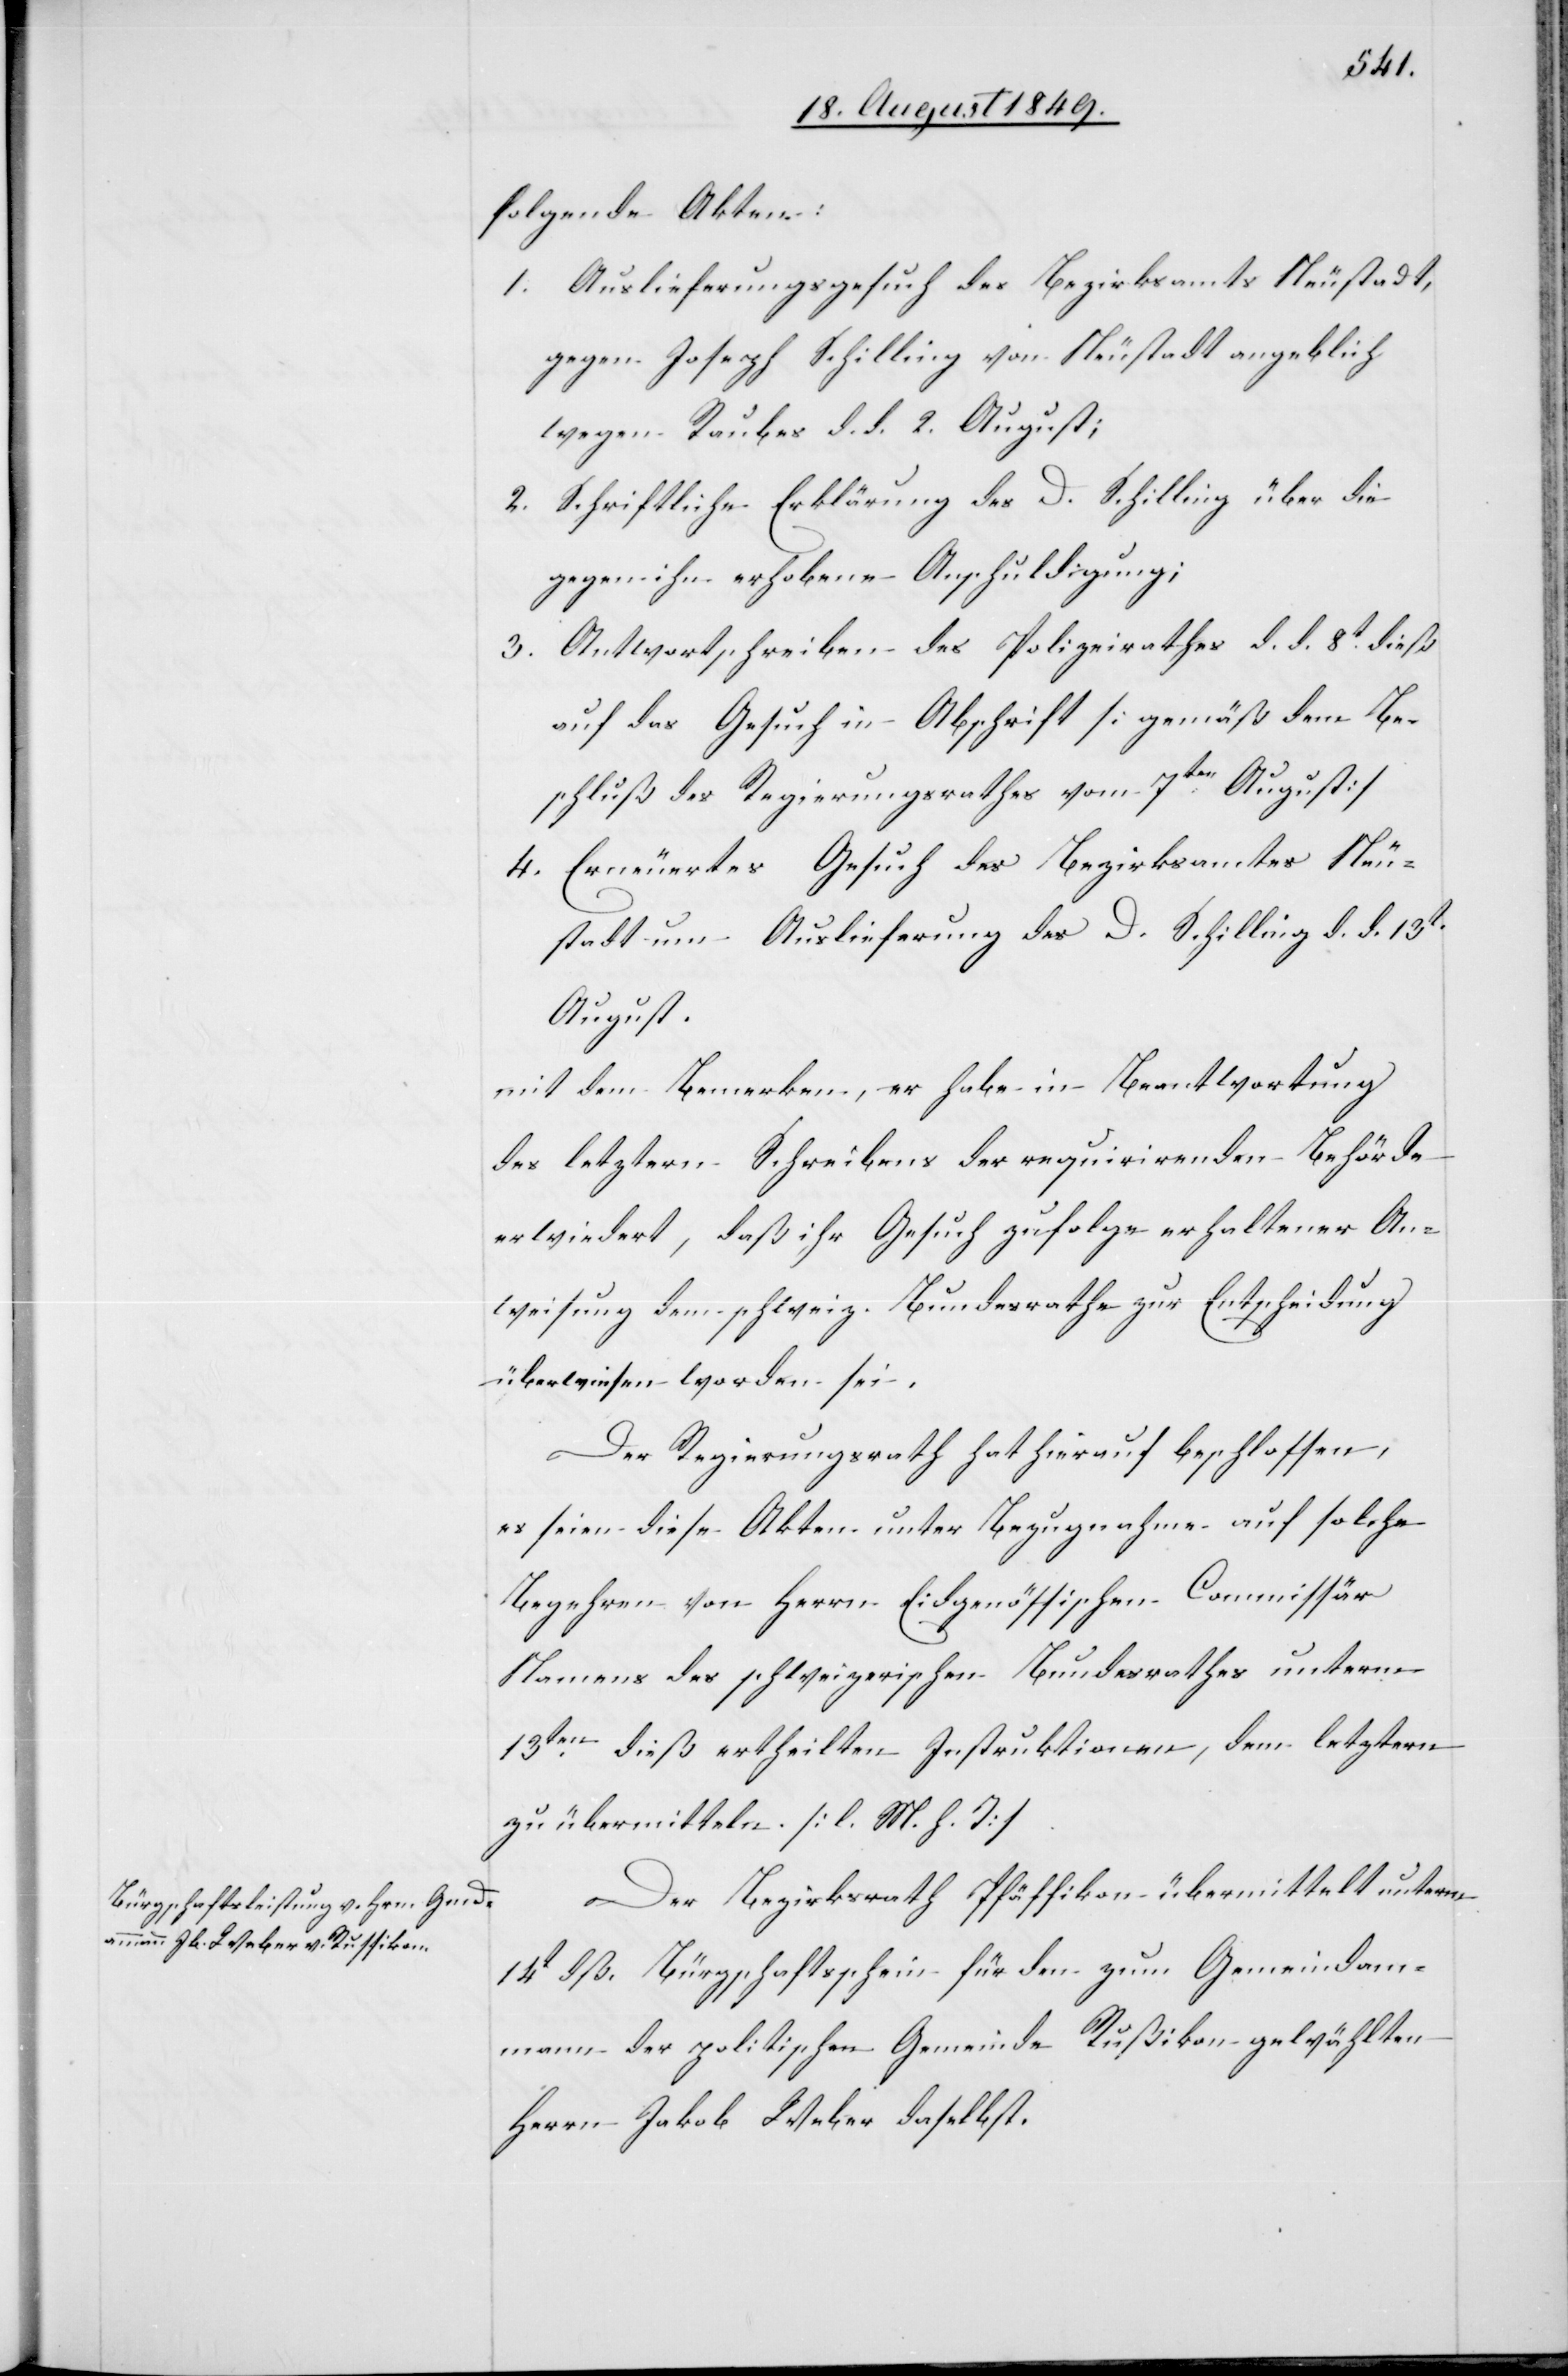
folgende Akten:
Auslieferungsgesuch des Bezirksamts Neustadt,
gegen Joseph Schilling von Neustadt angeblich
wegen Raubes d. d. 2. August;
Schriftliche Erklärung des D. [sic!] Schilling über die
gegen ihn erhobene Anschuldigung;
Antwortschreiben des Polizeirathes d. d. 8t dieß
auf das Gesuch in Abschrift [gemäß dem Be¬
schluß des Regierungsrathes vom 7ten August]
Erneuertes Gesuch des Bezirksamtes Neu¬
stadt um Auslieferung des D. Schilling d. d. 13t
August.
mit dem Bemerken, er habe in Beantwortung
des letztern Schreibens der requirirenden Behörde
erwiedert, daß ihr Gesuch zufolge erhaltener An¬
weisung dem schweiz. Bundesrathe zur Entscheidung
überwiesen worden sei.
Der Regierungsrath hat hierauf beschlossen,
es seien diese Akten unter Bezugnahme auf solche
Begehren vom Herrn Eidgenössischen Commissär
Namens des schweizerischen Bundesrathes unterm
13ten dieß ertheilten Instruktionen, dem letztern
zu übermitteln. [l. M. h. T]
Der Bezirksrath Pfäffikon übermittelt unterm
[einen] Bürgschaftsschein für den zum Gemeindam¬
mann der politischen Gemeinde Rußikon gewählten
Herrn Jakob Weber daselbst.